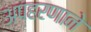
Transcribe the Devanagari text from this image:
अपहरणाने